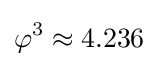
\varphi ^{3}\approx 4.236